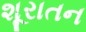
શૂરાતન